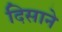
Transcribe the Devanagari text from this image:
दिसाने